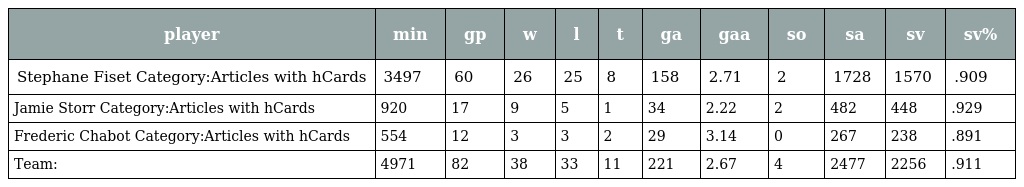
| player | min | gp | w | l | t | ga | gaa | so | sa | sv | sv% |
 | --- | --- | --- | --- | --- | --- | --- | --- | --- | --- | --- | --- |
 | Stephane Fiset Category:Articles with hCards | 3497 | 60 | 26 | 25 | 8 | 158 | 2.71 | 2 | 1728 | 1570 | .909 |
 | Jamie Storr Category:Articles with hCards | 920 | 17 | 9 | 5 | 1 | 34 | 2.22 | 2 | 482 | 448 | .929 |
 | Frederic Chabot Category:Articles with hCards | 554 | 12 | 3 | 3 | 2 | 29 | 3.14 | 0 | 267 | 238 | .891 |
 | Team: | 4971 | 82 | 38 | 33 | 11 | 221 | 2.67 | 4 | 2477 | 2256 | .911 |